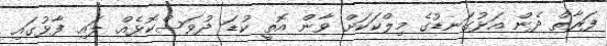
ފަރާތް ދެން އަޅުގަނޑުގެ މިލްކަކަށް ވާން އޮތީ ކުޑަ ދުވަސްކޮޅެއް. ލައި ފާޅުގައި